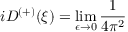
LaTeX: i D ^ { \left( + \right) } ( \xi ) = \operatorname * { l i m } _ { \epsilon \rightarrow 0 } \frac { 1 } { 4 \pi ^ { 2 } }